Vaccination in Bombay 1889-1901 - 1889-1901
Year: 1889
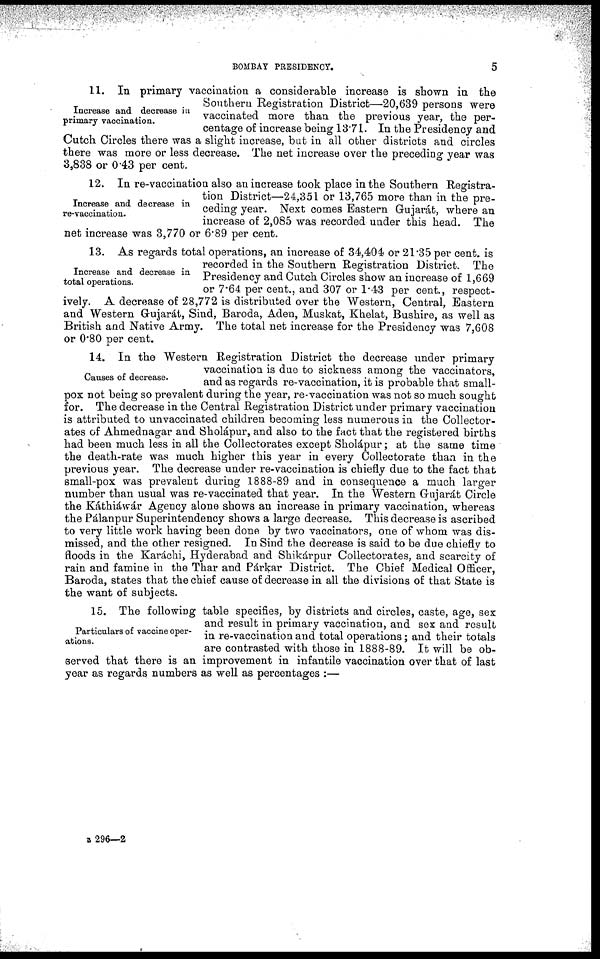
BOMBAY PRESIDENCY.
5
Increase and decrease in
primary vaccination.
11. In primary vaccination a considerable increase is shown in the
Southern Registration District—20,639 persons were
vaccinated more than the previous year, the per-
centage of increase being 13.71. In the Presidency and
Cutch Circles there was a slight increase, but in all other districts and circles
there was more or less decrease. The net increase over the preceding year was
3,838 or 0.43 per cent.
Increase and decrease in
re-vaccination.
12. In re-vaccination also an increase took place in the Southern Registra-
tion District—24,351 or 13,765 more than in the pre-
ceding year. Next comes Eastern Gujarát, where an
increase of 2,085 was recorded under this head. The
net increase was 3,770 or 6.89 per cent.
Increase and decrease in
total operations.
13. As regards total operations, an increase of 34,404 or 21.35 per cent. is
recorded in the Southern Registration District. The
Presidency and Cutch Circles show an increase of 1,669
or 7.64 per cent., and 307 or 1.43 per cent., respect-
ively. A decrease of 28,772 is distributed over the Western, Central, Eastern
and Western Gujarát, Sind, Baroda, Aden, Muskat, Khelat, Bushire, as well as
British and Native Army. The total net increase for the Presidency was 7,608
or 0.80 per cent.
Causes of decrease.
14. In the Western Registration District the decrease under primary
vaccination is due to sickness among the vaccinators,
and as regards re-vaccination, it is probable that small-
pox not being so prevalent during the year, re-vaccination was not so much sought
for. The decrease in the Central Registration District under primary vaccination
is attributed to unvaccinated children becoming less numerous in the Collector-
ates of Ahmednagar and Sholápur, and also to the fact that the registered births
had been much less in all the Collectorates except Sholápur; at the same time
the death-rate was much higher this year in every Collectorate than in the
previous year. The decrease under re-vaccination is chiefly due to the fact that
small-pox was prevalent during 1888-89 and in consequence a much larger
number than usual was re-vaccinated that year. In the Western Gujarát Circle
the Káthiáwár Agency alone shows an increase in primary vaccination, whereas
the Pálanpur Superintendency shows a large decrease. This decrease is ascribed
to very little work having been done by two vaccinators, one of whom was dis-
missed, and the other resigned. In Sind the decrease is said to be due chiefly to
floods in the Karáchi, Hyderabad and Shikárpur Collectorates, and scarcity of
rain and famine in the Thar and Párkar District. The Chief Medical Officer,
Baroda, states that the chief cause of decrease in all the divisions of that State is
the want of subjects.
Particulars of vaccine oper-
ations.
15. The following table specifies, by districts and circles, caste, age, sex
and result in primary vaccination, and sex and result
in re-vaccination and total operations; and their totals
are contrasted with those in 1888-89. It will be ob-
served that there is an improvement in infantile vaccination over that of last
year as regards numbers as well as percentages :—
B 296—2